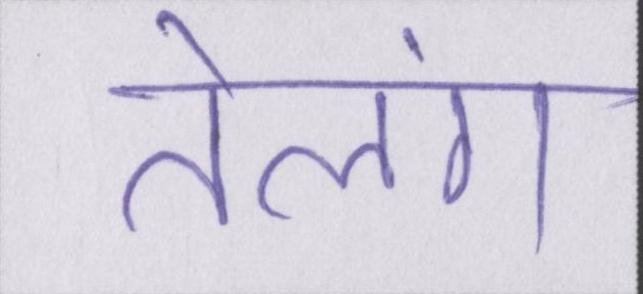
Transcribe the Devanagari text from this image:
तेलंग